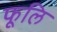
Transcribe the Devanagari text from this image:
फूलि